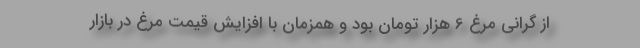
از گرانی مرغ 6 هزار تومان بود و همزمان با افزایش قیمت مرغ در بازار